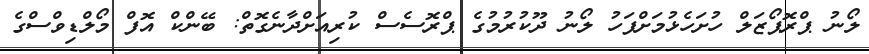
ލޯނު ޕްރޮޕޯޒަލް ހުށަހެޅުމަށްފަހު ލޯނު ދޫކުރުމުގެ ޕްރޮސެސް ކުރިއަށްދާނެގޮތް: ބޭންކް އޮފް މޯލްޑިވްސްގެ